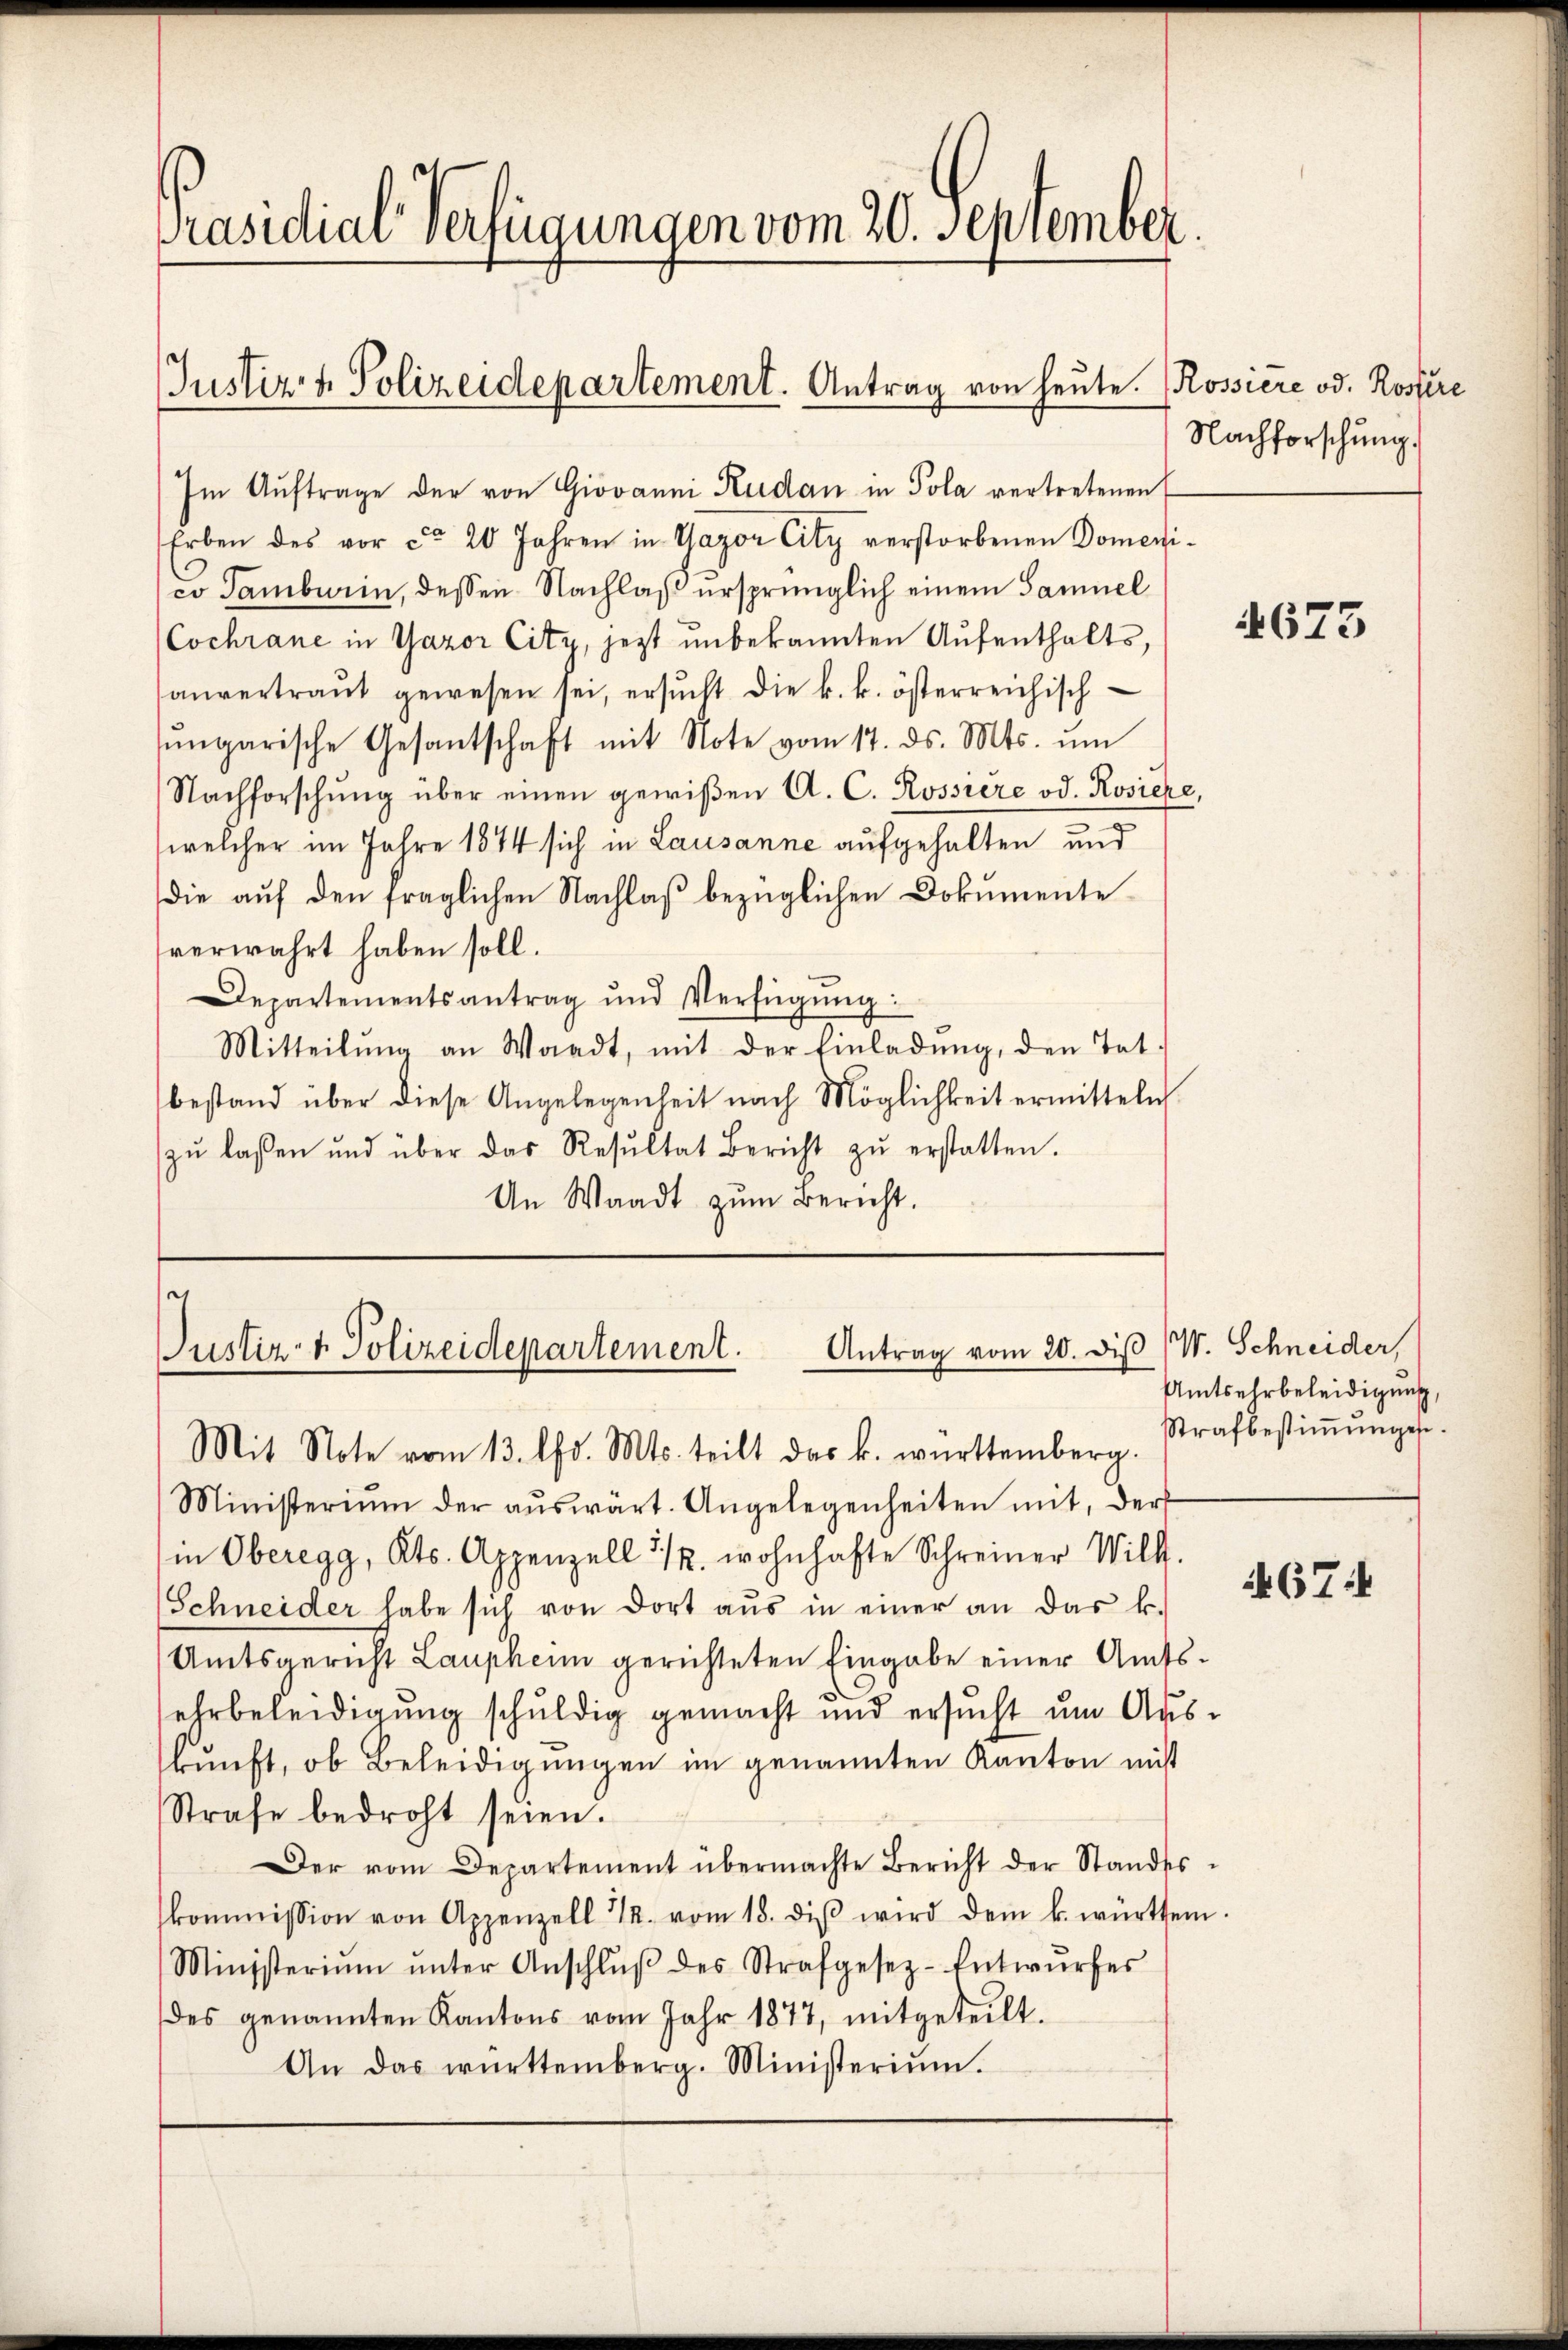
Präsidial-Verfügungen vom 20. September.

Justiz- & Polizeidepartement. Antrag von heute.

Im Aŭftrage der von Giovanni Kudan in Pola vertretenen E
Erben des vor ca 20 Jahren in Gagor City verstorbenen Domeni-
co Gamburin, dessen Nachlaß ursprünglich einem Samuel
Cochrane in Gazor Citz, jetzt unbekannten Aufenthalts,
anvertraŭt gewesen sei, ersŭcht die k. k. österreichisch
ŭngarische Gesantschaft mit Note vom 17. ds. Mts. ŭm
Nachforschŭng über einen gewißen A. C. Rossiere od. Rosiere,
e
welcher im Jahre 1844 sich in Lausanne aufgehalten und
die auf den fraglichen Nachlaß bezüglichen Dokumente
verwahrt haben soll.
Departementsantrag und Verfügŭng:
Mitteilŭng an Waadt, mit der Einladŭng, den Tat.
bestand über diese Angelegenheit nach Möglichkeit ermitteln.
zŭ lassen und über das Resŭltat Bericht zŭ erstatten.
An Waadt zŭm Bericht.

Antrag vom 20. diß (W. Schneider,
Justiz- & Polizeidepartement.
Mit Note vom 13. d. Mts. teilt das k. württemberg.

Ministerium der aŭswart. Angelegenheiten mit, der
in Oberegg, Kts. Appenzell 1/2. wohnhafte Schreiner Will.
(Schneider habe sich von dort aŭs in einer an das k.
Amtsgericht Laupheim gerichteten Eingabe einer Amtsehrbeleidigung schuldig gemacht und ersŭcht ŭm Aŭs-
bŭnft, ob Beleidigungen im genannten Kanton nicht
Strafe bedroht seien.
Der vom Departement übermachte Bericht der Standes-
kommission von Appenzell I. vom 18. diβ wird dem k. württem.
Ministerium ŭnter Anschlŭβ des Strafgesez-Entwŭrfes
des genannten Kantons vom Jahr 1877, mitgeteilt.
An das württemberg. Ministeriŭm.

Rossiere od. Rossere
Nachforschung.

4673

Amtsehrbeleidigung,
Strafbestiṁŭngen.

467: